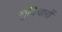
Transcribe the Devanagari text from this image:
सुविचारों